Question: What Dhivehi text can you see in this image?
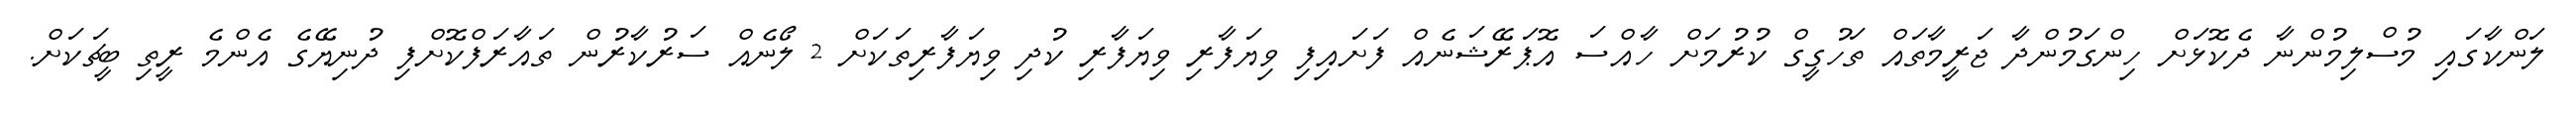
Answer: ލަންކާގައި މުސްލިމުންނާ ދެކޮޅަށް ހިންގަމުންދާ ޖަރީމާތައް ތަހުގީގް ކުރުމަށް ހާއްސަ އޮޕަރޭޝަނެއް ފަށައިފި ވިޔަފާރި ވިޔަފާރި ކުދި ވިޔަފާރިތަކަށް 2 ލޯނެއް ސަރުކާރުން ތައާރަފްކޮށްފި ދުނިޔޭގެ އެންމެ ރީތި ބީޗަކަށް.